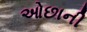
ઓછાની